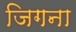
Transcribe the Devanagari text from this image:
जिगना